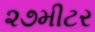
૨૭મીટર